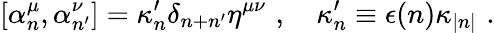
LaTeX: \lbrack\alpha_{n}^{\mu},\alpha_{n^{\prime}}^{\nu}]=\kappa_{n}^{\prime}\delta_{n+n^{\prime}}\eta^{\mu\nu}\, \, ,\quad\kappa_{n}^{\prime}\equiv\epsilon(n)\kappa_{|n|}\, \, .